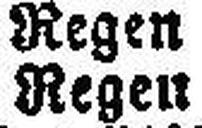
Regen